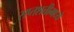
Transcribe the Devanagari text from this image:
सप्तशतीमध्ये